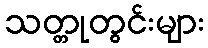
သတ္တုတွင်းများ